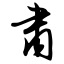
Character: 肃